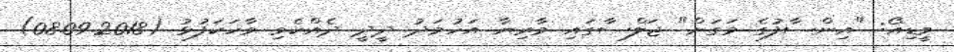
ވީޑިއޯ: "އިންސާފުގެ މަގަށް" ޖަލްސާގައި މާރިޔާ އަހުމަދު ދީދީ ދެއްކެވި ވާހަކަފުޅު (08.09.2018)